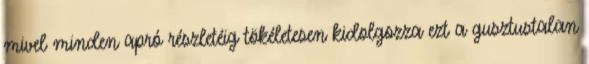
mivel minden apró részletéig tökéletesen kidolgozza ezt a gusztustalan